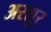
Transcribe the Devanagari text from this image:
अरशूर